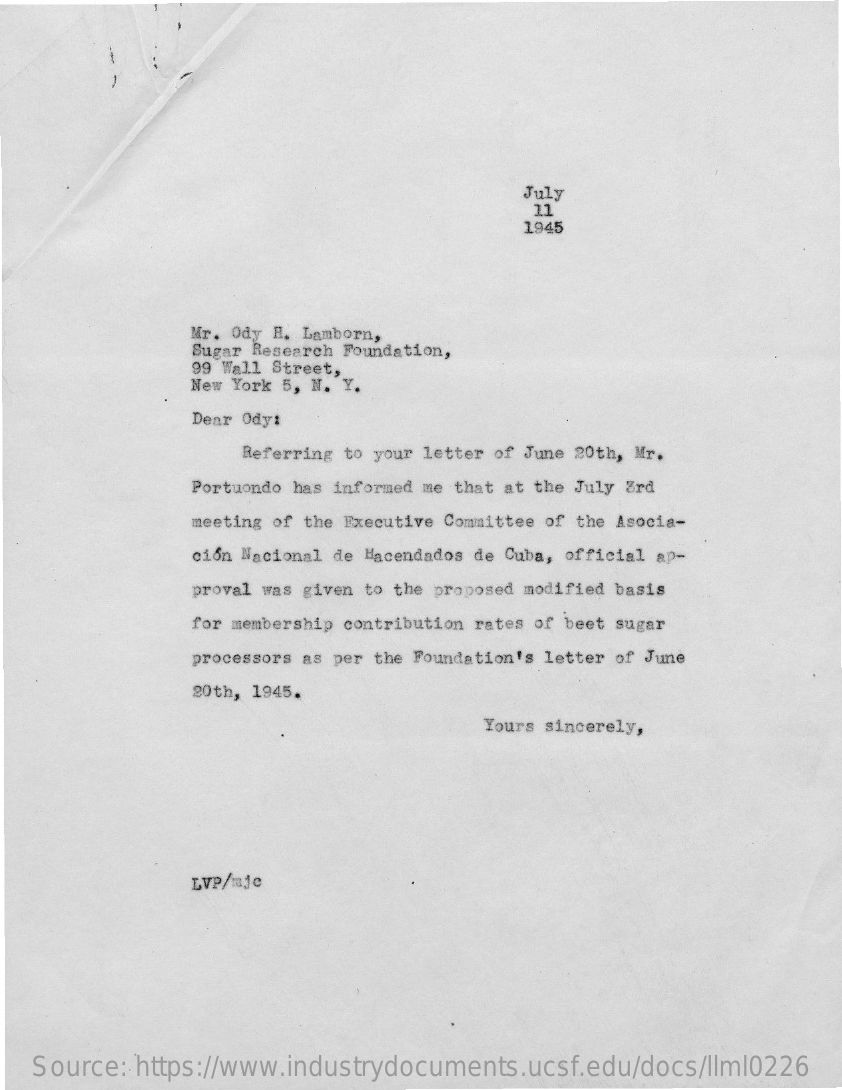
July
     11
     1945
     Mr. Ody H. Lamborn,
     Sugar Research Foundation,
     99 Wall Street,
     New York 5, N. Y.
     Dear Ody:
     Referring to your letter of June 20th, Mr.
     Portuondo has informed me that at the July 3rd
     meeting of the Executive Committee of the Asocia-
     ción Nacional de Hacendados de Cuba, official ap-
     proval was given to the proposed modified basis
     for membership contribution rates of beet sugar
     processors as per the Foundation's letter of June
     20th, 1945.
     Yours sincerely,
     LVP/mjc
   Source: https://www.industrydocuments.ucsf.edu/docs/llml0226